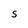
Character: S